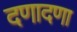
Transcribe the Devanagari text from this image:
दणादणा